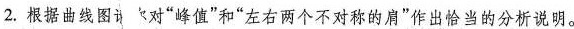
2.根据曲线图对”峰值”和”左右"两个不对称的肩”作出恰当的分析说明。